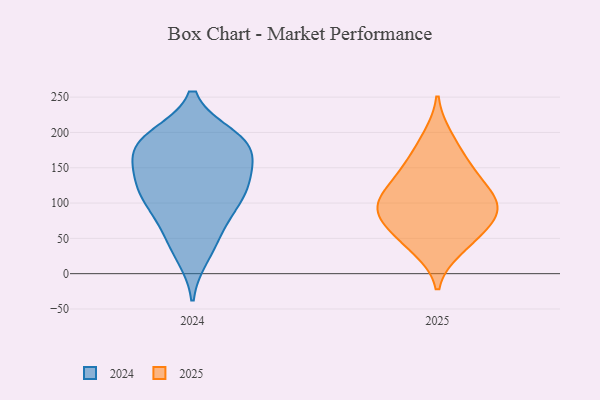
{"axis": {"x": "Gross Profit (USD K)", "y": "Value"}, "legend": ["2024", "2025"], "data": [{"x": "", "y": 117, "type": "2025"}, {"x": "", "y": 46, "type": "2025"}, {"x": "", "y": 137, "type": "2025"}, {"x": "", "y": 193, "type": "2025"}, {"x": "", "y": 36, "type": "2025"}, {"x": "", "y": 164, "type": "2025"}, {"x": "", "y": 140, "type": "2025"}, {"x": "", "y": 98, "type": "2025"}, {"x": "", "y": 91, "type": "2025"}, {"x": "", "y": 60, "type": "2025"}, {"x": "", "y": 78, "type": "2025"}, {"x": "", "y": 93, "type": "2025"}, {"x": "", "y": 94, "type": "2025"}, {"x": "", "y": 187, "type": "2024"}, {"x": "", "y": 193, "type": "2024"}, {"x": "", "y": 67, "type": "2024"}, {"x": "", "y": 135, "type": "2024"}, {"x": "", "y": 26, "type": "2024"}, {"x": "", "y": 130, "type": "2024"}, {"x": "", "y": 102, "type": "2024"}, {"x": "", "y": 181, "type": "2024"}, {"x": "", "y": 160, "type": "2024"}, {"x": "", "y": 194, "type": "2024"}, {"x": "", "y": 121, "type": "2024"}, {"x": "", "y": 177, "type": "2024"}, {"x": "", "y": 179, "type": "2024"}, {"x": "", "y": 86, "type": "2024"}, {"x": "", "y": 43, "type": "2024"}, {"x": "", "y": 106, "type": "2024"}, {"x": "", "y": 133, "type": "2024"}]}